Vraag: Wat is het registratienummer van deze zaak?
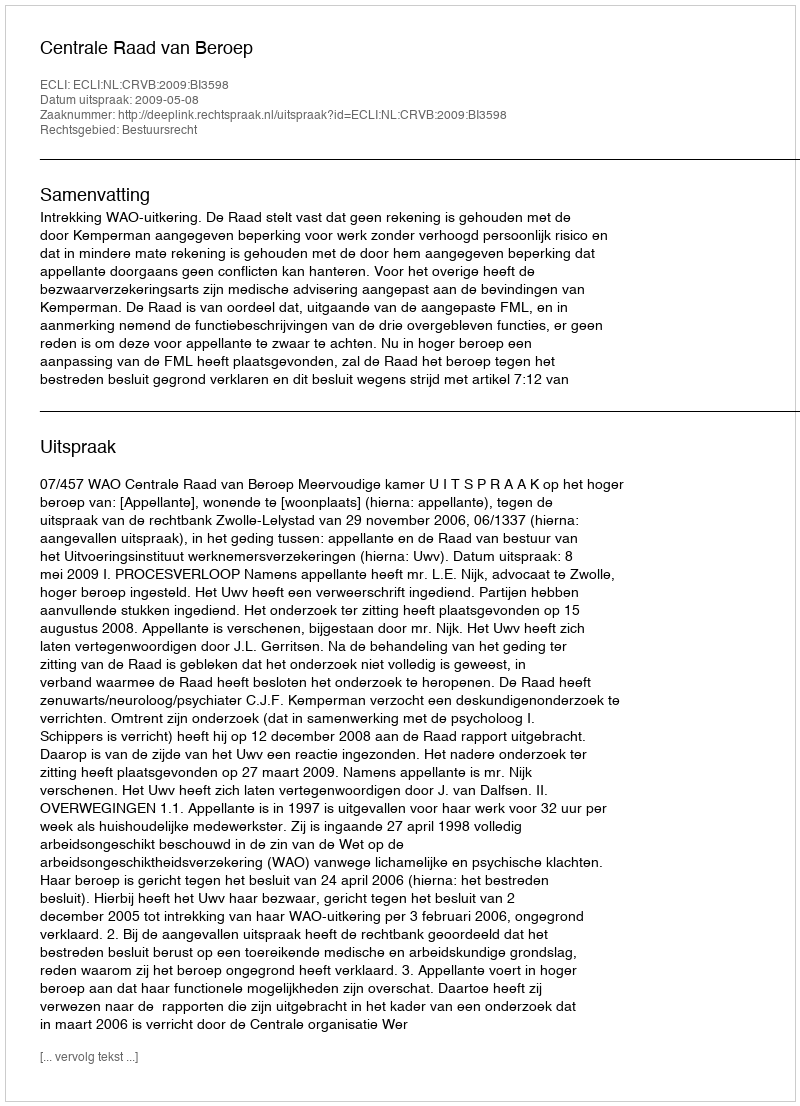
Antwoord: http://deeplink.rechtspraak.nl/uitspraak?id=ECLI:NL:CRVB:2009:BI3598